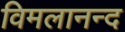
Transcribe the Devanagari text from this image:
विमलानन्द